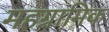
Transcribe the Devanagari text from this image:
महग्रामिक